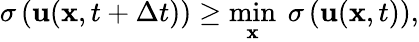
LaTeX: \sigma\left(\mathbf{u}(\mathbf{x},t+\Delta t)\right)\geq\underset{\mathbf{x}}{\operatorname*{min}}\ \sigma\left(\mathbf{u}(\mathbf{x},t)\right),